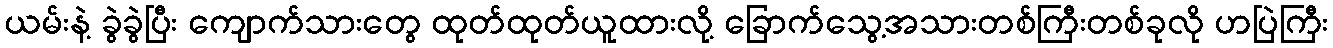
ယမ်းနဲ့ ခွဲခွဲပြီး ကျောက်သားတွေ ထုတ်ထုတ်ယူထားလို့ ခြောက်သွေ့အသားတစ်ကြီးတစ်ခုလို ဟပြဲကြီး